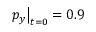
p _ { y } \big | _ { t = 0 } = 0 . 9